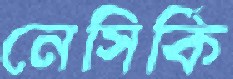
নেসির্কি